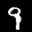
Label: 9